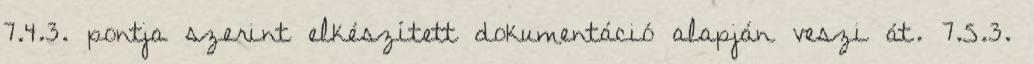
7.4.3. pontja szerint elkészített dokumentáció alapján veszi át. 7.5.3.